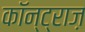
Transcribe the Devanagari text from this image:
कॉन्ट्राज़